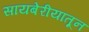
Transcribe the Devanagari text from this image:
सायबेरीयातून